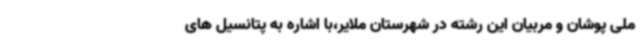
ملی پوشان و مربیان این رشته در شهرستان ملایر،با اشاره به پتانسیل های